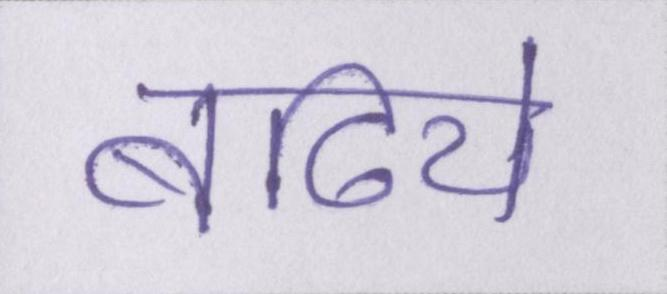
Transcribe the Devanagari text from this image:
बढिये